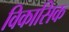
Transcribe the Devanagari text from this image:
विकासिक